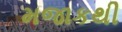
મજાકથી